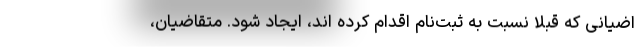
اضیانی که قبلا نسبت به ثبت‌نام اقدام کرده اند، ایجاد شود. متقاضیان،